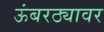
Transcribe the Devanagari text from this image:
ऊंबरठ्यावर